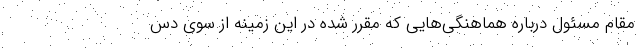
مقام مسئول درباره هماهنگی‌هایی که مقرر شده در این زمینه از سوی دس